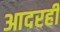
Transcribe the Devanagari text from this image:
आदरही